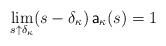
LaTeX: \begin{align*}\lim_{s\uparrow \delta_{\kappa}}(s-\delta_{\kappa})\, {\sf a}_{\kappa}(s)=1\end{align*}